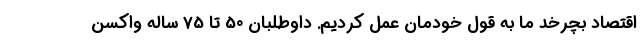
اقتصاد بچرخد ما به قول خودمان عمل کردیم. داوطلبان 50 تا 75 ساله واکسن